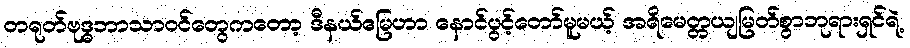
တရုတ်ဗုဒ္ဓဘာသာဝင်တွေကတော့ ဒီနယ်မြေဟာ နောင်ပွင့်တော်မူမယ့် အရိမေတ္တယျမြတ်စွာဘုရားရှင်ရဲ့